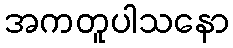
အကတူပါသနော